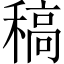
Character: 稿